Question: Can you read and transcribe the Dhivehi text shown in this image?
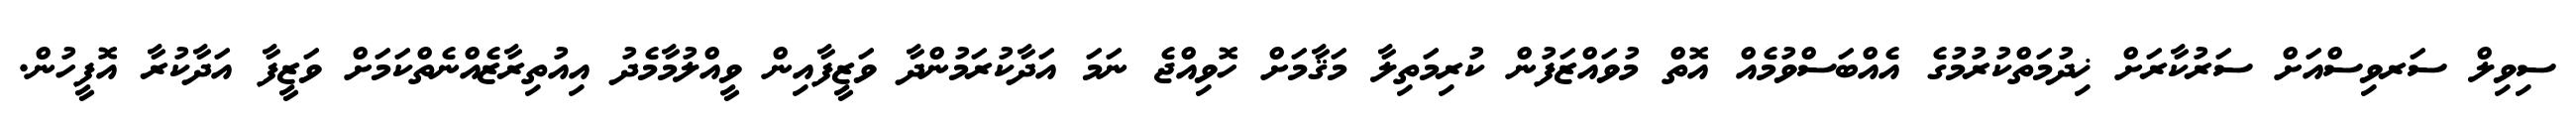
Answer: ސިވިލް ސަރވިސްއަށް ސަރުކާރަށް ޚިދުމަތްކުރުމުގެ އެއްބަސްވުމެއް އޮތް މުވައްޒަފުން ކުރިމަތިލާ މަޤާމަށް ހޮވިއްޖެ ނަމަ އަދާކުރަމުންދާ ވަޒީފާއިން ވީއްލުމާމެދު އިއުތިރާޒެއްނެތްކަމަށް ވަޒީފާ އަދާކުރާ އޮފީހުން.